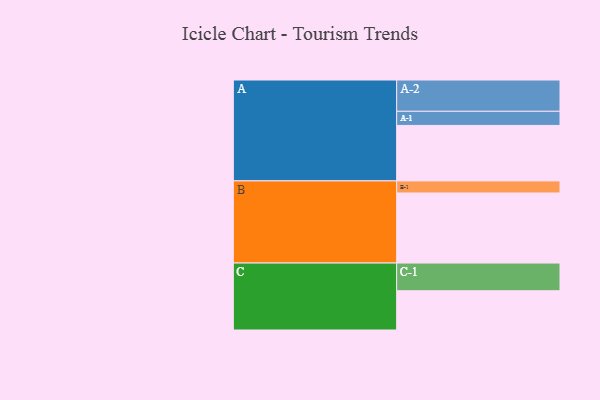
{"axis": {"x": "Segment", "y": "Value"}, "legend": ["", "A", "B", "C"], "data": [{"x": "A", "y": 459, "type": ""}, {"x": "B", "y": 580, "type": ""}, {"x": "C", "y": 325, "type": ""}, {"x": "A-1", "y": 117, "type": "A"}, {"x": "A-2", "y": 259, "type": "A"}, {"x": "B-1", "y": 100, "type": "B"}, {"x": "C-1", "y": 229, "type": "C"}]}